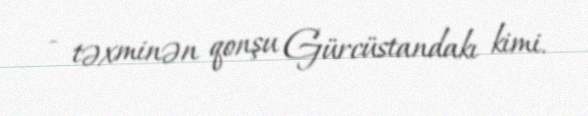
- təxminən qonşu Gürcüstandakı kimi.